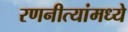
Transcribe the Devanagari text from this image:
रणनीत्यांमध्ये